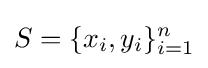
S=\{x_{i},y_{i}\}_{i=1}^{n}